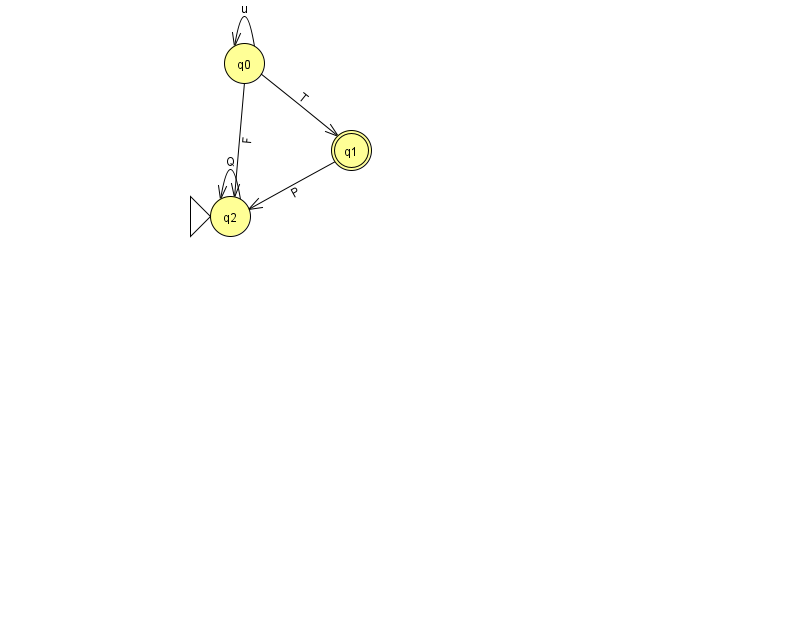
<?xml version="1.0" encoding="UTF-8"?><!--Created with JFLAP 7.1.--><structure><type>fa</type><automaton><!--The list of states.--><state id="0" name="q0"><x>244.0</x><y>50.0</y></state><state id="1" name="q1"><x>351.0</x><y>137.0</y><final/></state><state id="2" name="q2"><x>230.0</x><y>203.0</y><initial/></state><!--The list of transitions.--><transition><from>2</from><to>2</to><read>Q</read></transition><transition><from>0</from><to>0</to><read>u</read></transition><transition><from>0</from><to>2</to><read>F</read></transition><transition><from>0</from><to>1</to><read>T</read></transition><transition><from>1</from><to>2</to><read>P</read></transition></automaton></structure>